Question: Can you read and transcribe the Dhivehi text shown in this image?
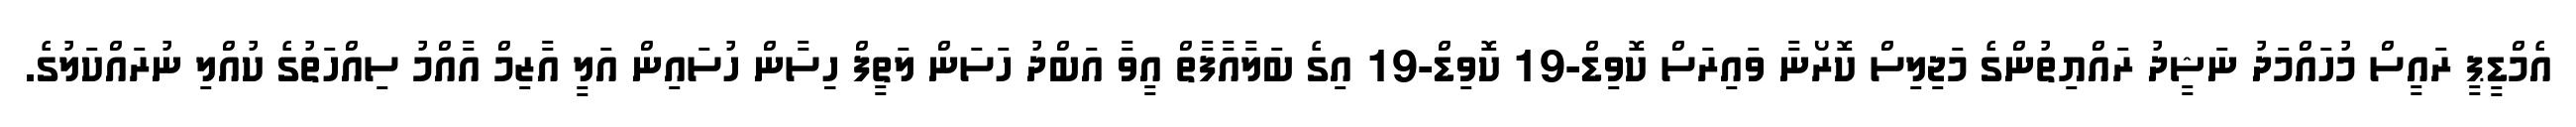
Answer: އެމްޑީޕީ ރައީސް މުހައްމަދު ނަޝީދު ރައްޔިތުންގެ މަޖިލިސް ކޮރޯނާ ވައިރަސް ކޮވިޑް-19 ކޮވިޑް-19 އިގެ ބަލާއާފާތް އީވާ އަބްދު ހަސަން ލަތީފް ހިިސާން ހުސައިން އަލީ އާޒިމް އާއްމު ސިއްހަތުގެ ކުއްލި ނުރައްކަލުގެ.